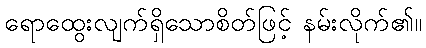
ရောထွေးလျက်ရှိသောစိတ်ဖြင့် နမ်းလိုက်၏။